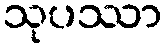
သုပဿာ